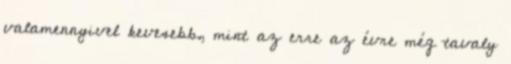
valamennyivel kevesebb, mint az erre az évre még tavaly